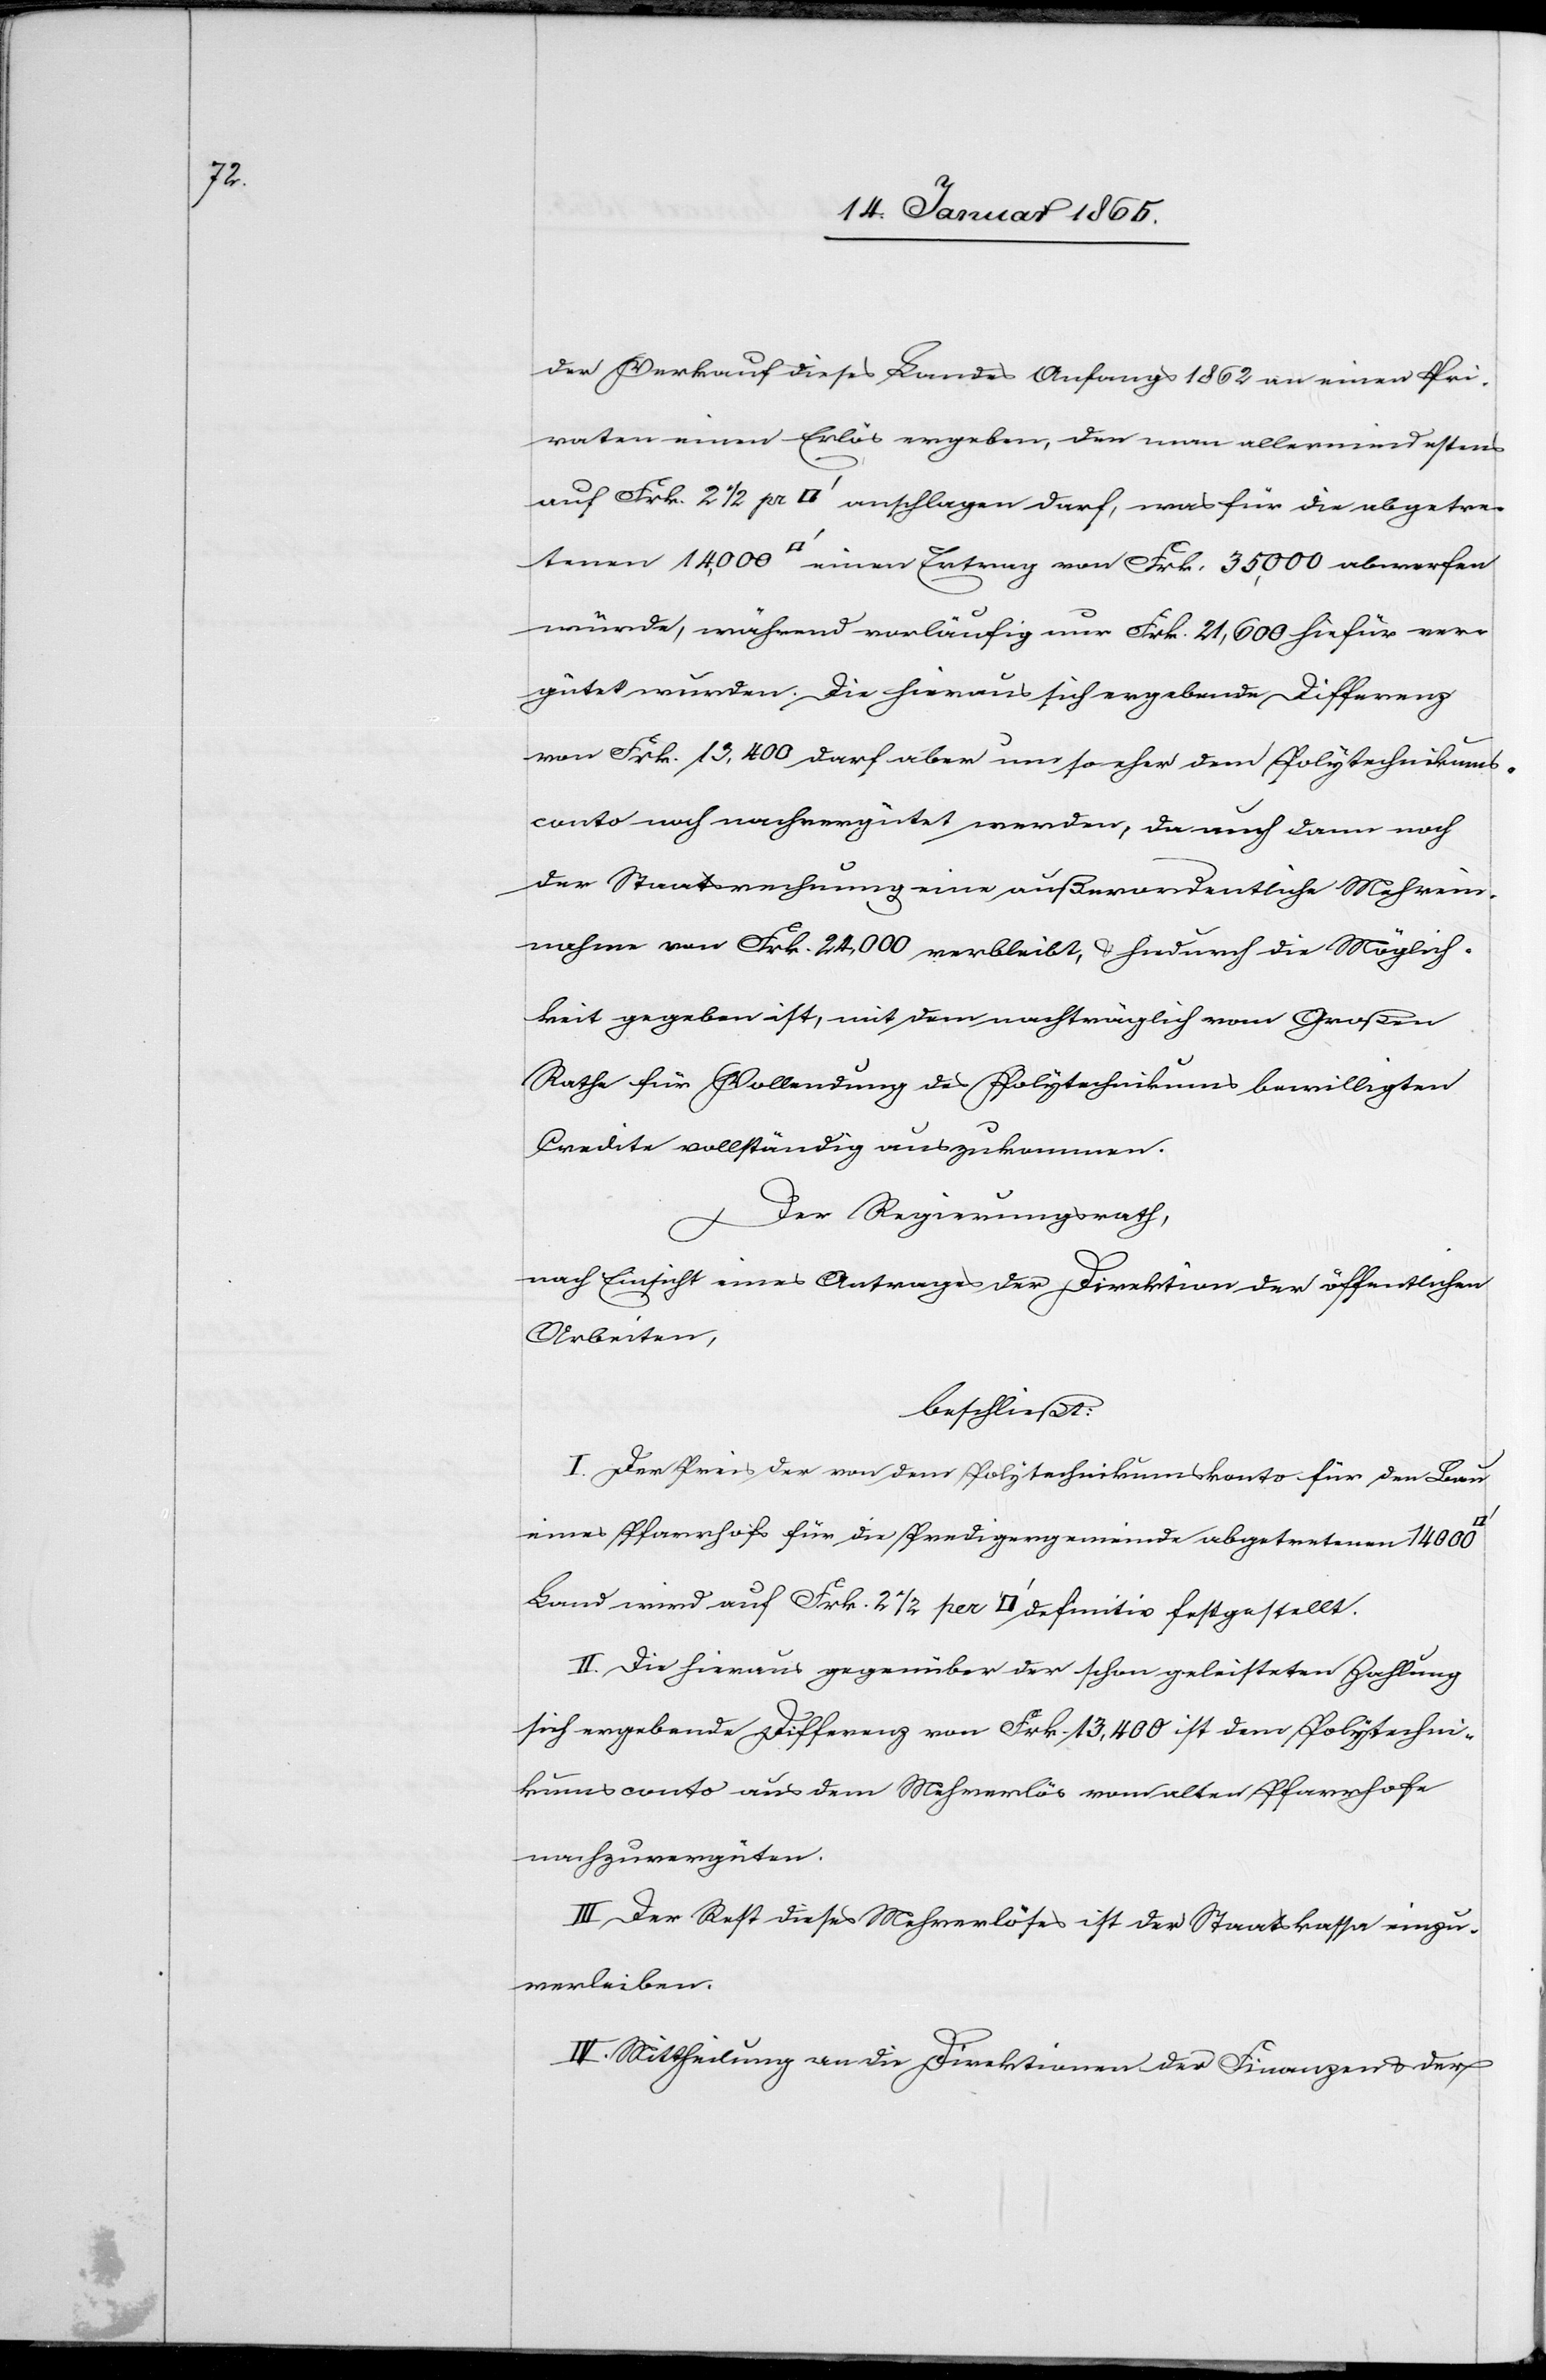
der Verkauf dieses Landes Anfangs 1862 an einen Pri¬
vaten einen Erlös ergeben, den man allermindestens
auf Frk. 2 ½ pr. [Quadratfuss] anschlagen darf, was für die abgetre¬
tenen 14,000 [Quadratfuss] einen Ertrag von Frk. 35,000 abwerfen
würde, während vorläufig nur Frk. 21,600 hiefür ver¬
gütet wurden. Die hieraus sich ergebende Differenz
von Frk. 13,400 darf aber um so eher dem Polytechnikums¬
conto noch nachvergütet werden, da auch dann noch
der Staatsrechnung eine außerordentliche Mehrein¬
nahme von Frk. 24,000 verbleibt, u. hiedurch die Möglich¬
keit gegeben ist, mit dem nachträglich vom Großen
Rathe für Vollendung des Polytechnikums bewilligten
Credite vollständig auszukommen.
Der Regierungsrath,
nach Einsicht eines Antrages der Direktion der öffentlichen
Arbeiten,
beschließt:
I. Der Preis der von dem Polytechnikumskonto für den Bau
eines Pfarrhofs für die Predigergemeinde abgetretenen 14 000
Land wird auf Frk. 2 ½ per [Quadratfuss] definitiv festgestellt.
II. Die hieraus gegenüber der schon geleisteten Zahlung
sich ergebende Differenz von Frk. 13,400 ist dem Polytechni¬
kumsconto aus dem Mehrerlös vom alten Pfarrhofe
nachzuvergüten.
III. Der Rest dieses Mehrerlöses ist der Staatskassa einzu¬
verleiben.
IV. Mittheilung an die Direktion der Finanzen u. der